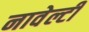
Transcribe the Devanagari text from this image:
नावेल्टी